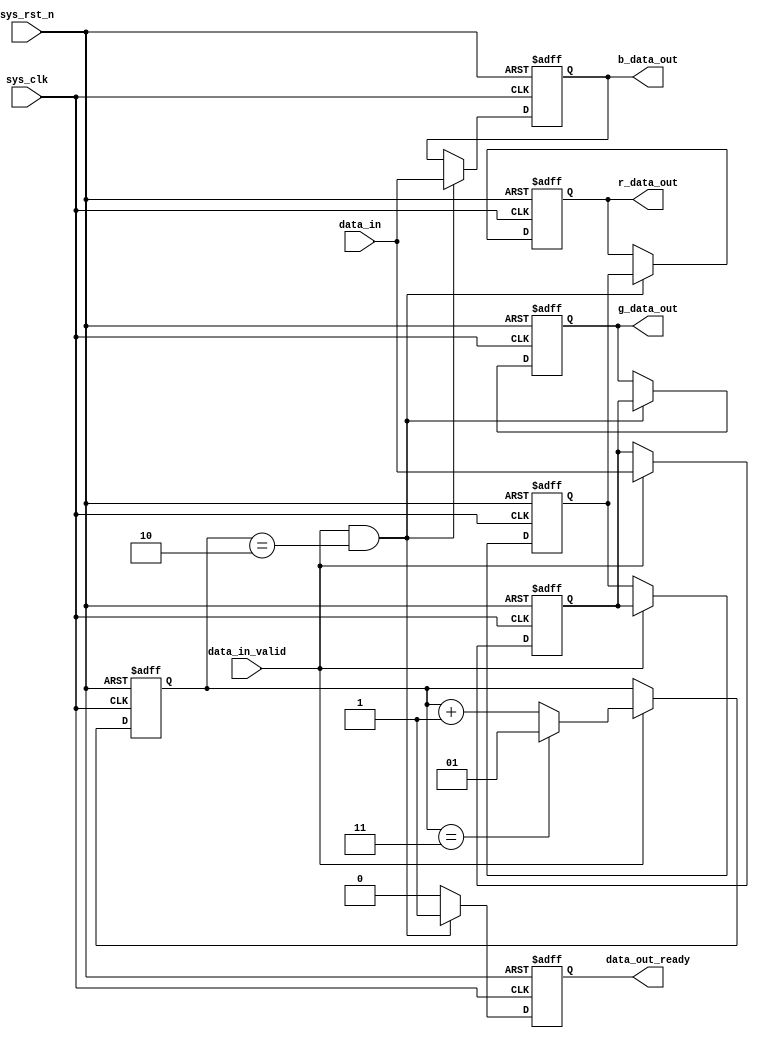
module whatever1 (input wire sys_clk,
                  input wire sys_rst_n,
                  input wire data_in_valid,
                  input wire [7:0] data_in,
                  output reg [7:0] r_data_out,
                  output reg [7:0] g_data_out,
                  output reg [7:0] b_data_out,
                  output reg data_out_ready);
    
    reg [7:0] l_shift[1:0];
    reg [1:0] count;
    
    always @(posedge sys_clk or negedge sys_rst_n) begin
        if (sys_rst_n == 1'b0) begin
            l_shift[2] <= 8'b0;
            l_shift[1] <= 8'b0;
            l_shift[0] <= 8'b0;
        end
        else begin
            if (data_in_valid == 1'b1) begin
                l_shift[1] <= l_shift[0];
                l_shift[0] <= data_in;
            end
        end
    end
    
    always @(posedge sys_clk or negedge sys_rst_n) begin
        if (sys_rst_n == 1'b0) begin
            count <= 2'b0;
        end
        else begin
            if (data_in_valid == 1'b1) begin
                if (count == 2'd3) begin
                    count <= 2'd1;
                end
                else begin
                    count <= count+2'd1;
                end
                
            end
        end
    end
    
    always @(posedge sys_clk or negedge sys_rst_n) begin
        if (sys_rst_n == 1'b0) begin
            data_out_ready <= 1'b0;
        end
        else begin
            if (data_in_valid == 1'b1 && count == 2'd2) begin
                data_out_ready <= 1'b1;
            end
            else begin
                data_out_ready <= 1'b0;
            end
        end
    end
    
    always @(posedge sys_clk or negedge sys_rst_n) begin
        if (sys_rst_n == 1'b0) begin
            r_data_out <= 8'd0;
            g_data_out <= 8'd0;
            b_data_out <= 8'd0;
        end
        else begin
            if (data_in_valid == 1'b1 && count == 2'd2) begin
                r_data_out <= l_shift[1];
                g_data_out <= l_shift[0];
                b_data_out <= data_in;
            end
        end
    end
    
endmodule